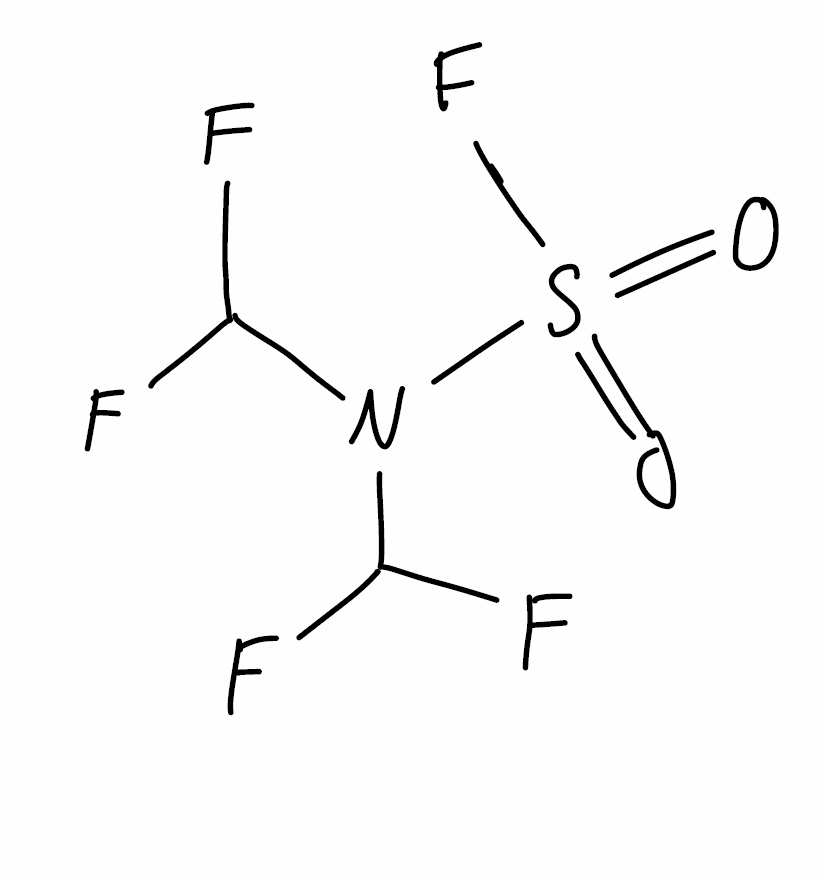
Simplified molecular-input line-entry system (SMILES) notation of the given molecule:
C(N(C(F)F)S(=O)(=O)F)(F)F